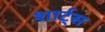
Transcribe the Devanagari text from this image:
शार्ट्स